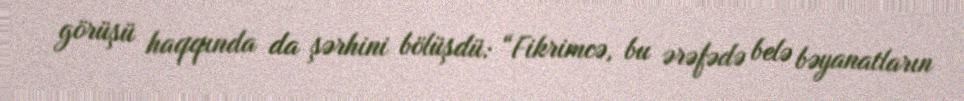
görüşü haqqında da şərhini bölüşdü: “Fikrimcə, bu ərəfədə belə bəyanatların